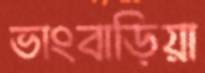
ভাংবাড়িয়া